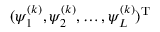
( \psi _ { 1 } ^ { ( k ) } , \psi _ { 2 } ^ { ( k ) } , \dots , \psi _ { L } ^ { ( k ) } ) ^ { \mathrm { T } }